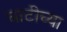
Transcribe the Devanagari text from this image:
घाटीच्या